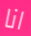
انا